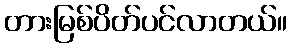
တားမြစ်ပိတ်ပင်လာတယ်။